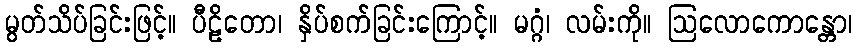
မွတ်သိပ်ခြင်းဖြင့်။ ပီဠိတော၊ နှိပ်စက်ခြင်းကြောင့်။ မဂ္ဂံ၊ လမ်းကို။ ဩလောကောန္တော၊